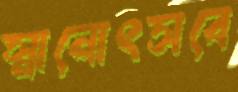
স্নানোৎসবে